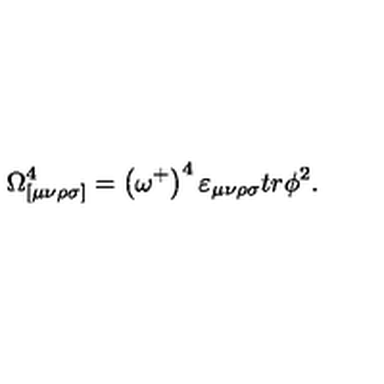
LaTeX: \Omega _ { [ \mu \nu \rho \sigma ] } ^ { 4 } = \left( \omega ^ { + } \right) ^ { 4 } \varepsilon _ { \mu \nu \rho \sigma } t r \phi ^ { 2 } .